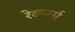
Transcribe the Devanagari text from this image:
रेव्न्जर्स